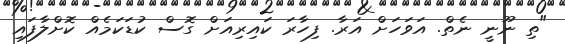
"ތި ނޫނީ ނެތް. އަވަހަށް އަރާ. ފިހާރަ ކައިރިއަށް ގޮސް ކުޑަކަމެއް ކޮށްލާފައި